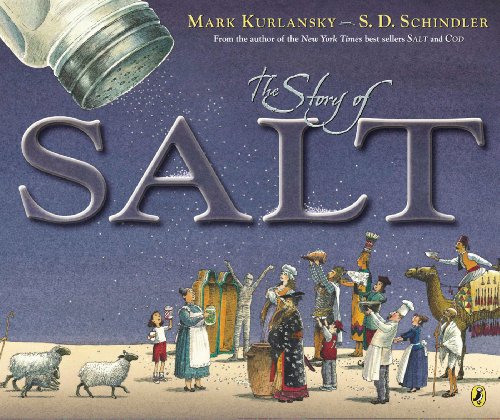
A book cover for The Story of Salt; Mark Kurlansky; Children's Books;